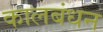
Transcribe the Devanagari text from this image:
कालबंधन